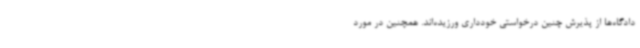
دادگاه‌ها از پذیرش چنین درخواستی خودداری ورزیده‌اند. همچنین در مورد